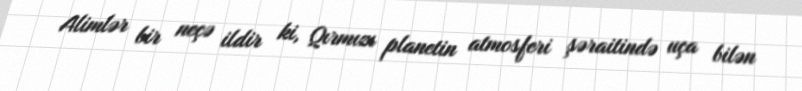
Alimlər bir neçə ildir ki, Qırmızı planetin atmosferi şəraitində uça bilən